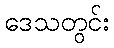
ဒေသတွင်း